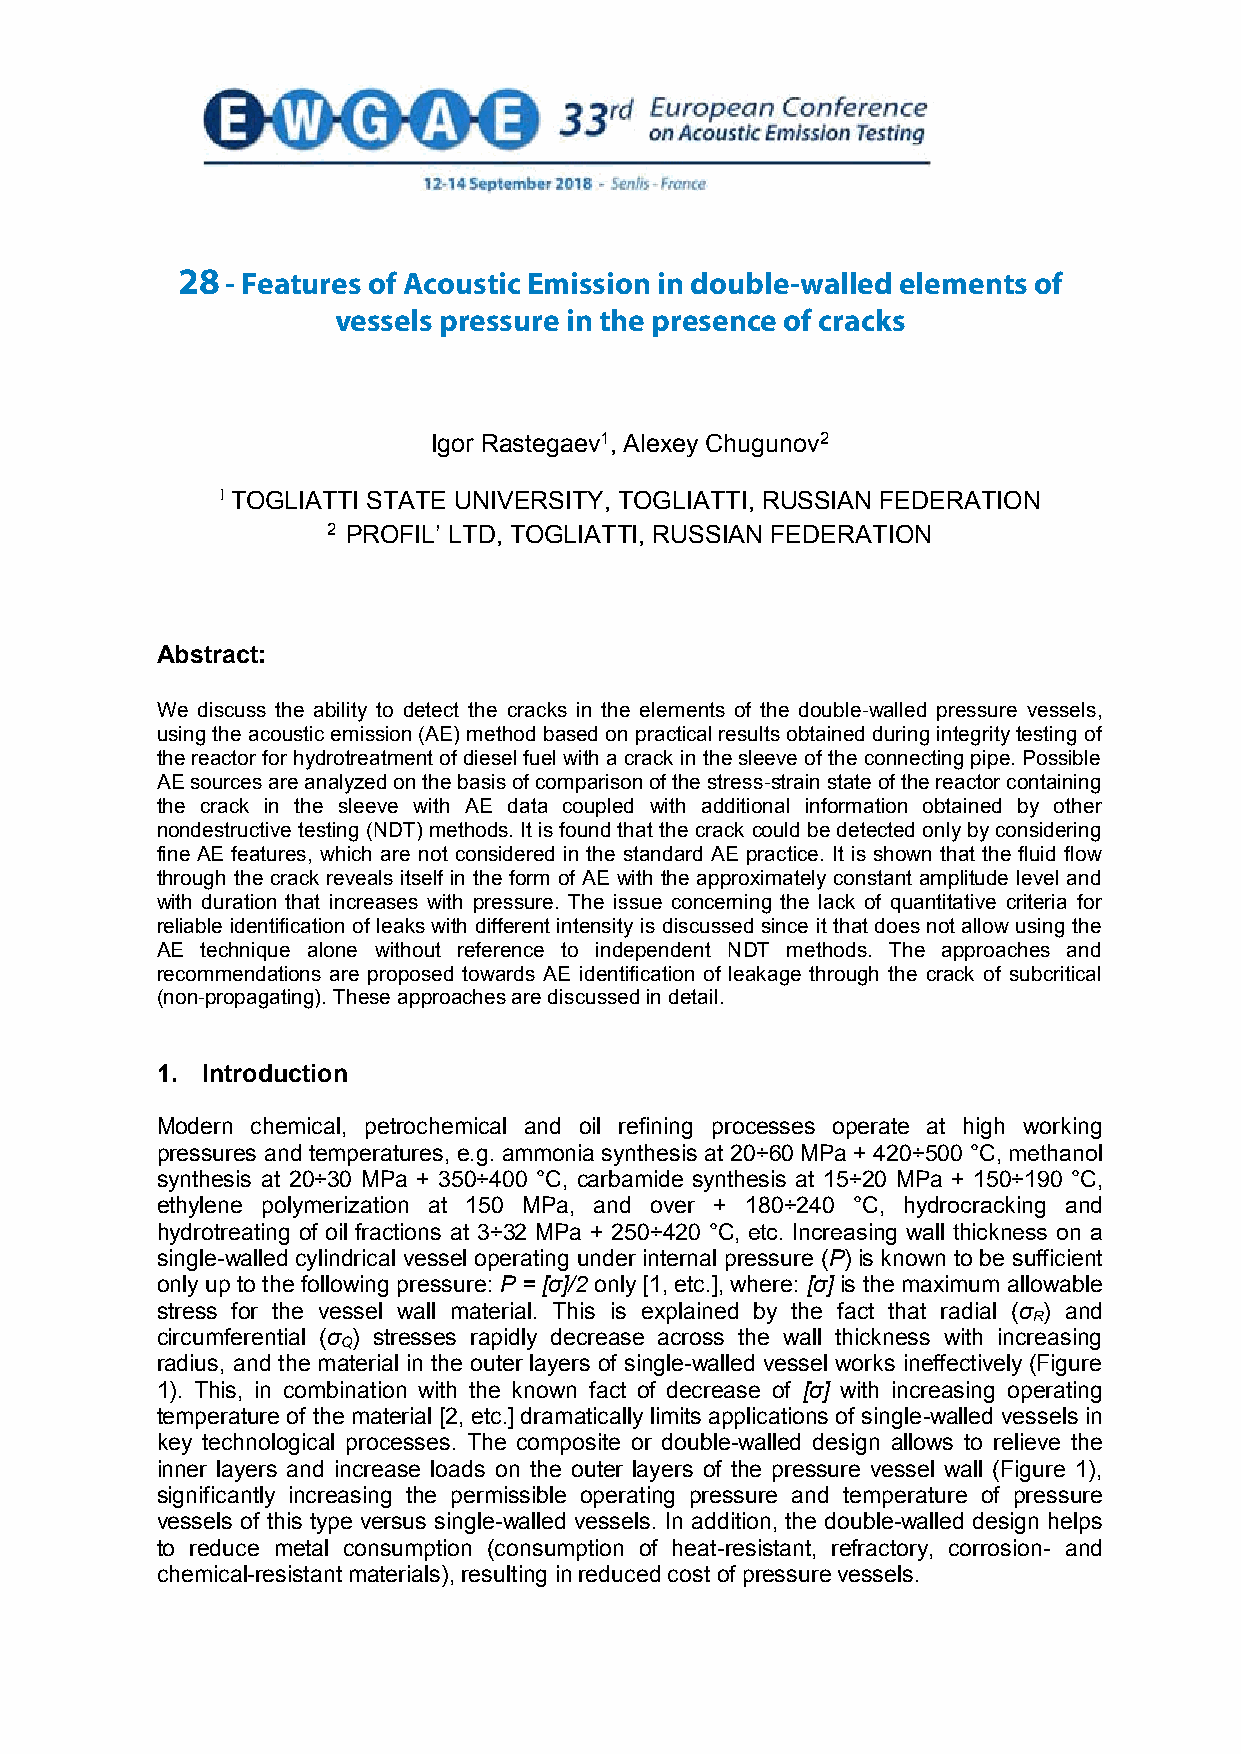
28 - Features of Acoustic Emission in double-walled elements of
 FEATURES   OF ACOUSTIC   EMISSION  IN DOUBLE-WALLED
 vessels pressure in the presence of cracks
 ELEMENTS   OF VESSELS   PRESSURE   IN THE PRESENCE   OF
 CRACKS
 Igor Rastegaev1, Alexey Chugunov2
 1 TOGLIATTI STATE UNIVERSITY, TOGLIATTI, RUSSIAN FEDERATION
 2 PROFIL’ LTD, TOGLIATTI, RUSSIAN FEDERATION
 Abstract:
 We discuss the ability to detect the cracks in the elements of the double-walled pressure vessels,
 using the acoustic emission (AE) method based on practical results obtained during integrity testing of
 the reactor for hydrotreatment of diesel fuel with a crack in the sleeve of the connecting pipe. Possible
 AE sources are analyzed on the basis of comparison of the stress-strain state of the reactor containing
 the crack in the sleeve with AE data coupled with additional information obtained by other
 nondestructive testing (NDT) methods. It is found that the crack could be detected only by considering
 fine AE features, which are not considered in the standard AE practice. It is shown that the fluid flow
 through the crack reveals itself in the form of AE with the approximately constant amplitude level and
 with duration that increases with pressure. The issue concerning the lack of quantitative criteria for
 reliable identification of leaks with different intensity is discussed since it that does not allow using the
 AE technique alone without reference to independent NDT methods. The approaches and
 recommendations are proposed towards AE identification of leakage through the crack of subcritical
 (non-propagating). These approaches are discussed in detail.
 1. Introduction
 Modern chemical, petrochemical and oil refining processes operate at high working
 pressures and temperatures, e.g. ammonia synthesis at 20÷60 MPa + 420÷500 °C, methanol
 synthesis at 20÷30 MPa + 350÷400 °C, carbamide synthesis at 15÷20 MPa + 150÷190 °C,
 ethylene polymerization at 150 MPa, and over + 180÷240 °C, hydrocracking and
 hydrotreating of oil fractions at 3÷32 MPa + 250÷420 °C, etc. Increasing wall thickness on a
 single-walled cylindrical vessel operating under internal pressure (Р) is known to be sufficient
 only up to the following pressure: Р = [σ]/2 only [1, etc.], where: [σ] is the maximum allowable
 stress for the vessel wall material. This is explained by the fact that radial (σ ) and
 R
 circumferential (σ ) stresses rapidly decrease across the wall thickness with increasing
 Q
 radius, and the material in the outer layers of single-walled vessel works ineffectively (Figure
 1). This, in combination with the known fact of decrease of [σ] with increasing operating
 temperature of the material [2, etc.] dramatically limits applications of single-walled vessels in
 key technological processes. The composite or double-walled design allows to relieve the
 inner layers and increase loads on the outer layers of the pressure vessel wall (Figure 1),
 significantly increasing the permissible operating pressure and temperature of pressure
 vessels of this type versus single-walled vessels. In addition, the double-walled design helps
 to reduce metal consumption (consumption of heat-resistant, refractory, corrosion- and
 chemical-resistant materials), resulting in reduced cost of pressure vessels.
 1